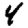
Digit: 4